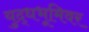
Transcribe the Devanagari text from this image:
युद्धभूमिवर